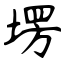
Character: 塄